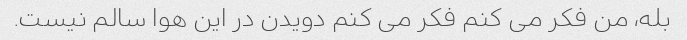
بله، من فکر می کنم فکر می کنم دویدن در این هوا سالم نیست.